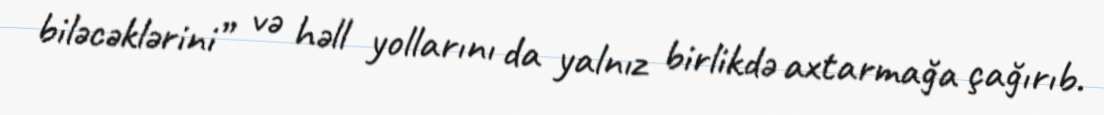
biləcəklərini” və həll yollarını da yalnız birlikdə axtarmağa çağırıb.